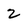
Character: 2